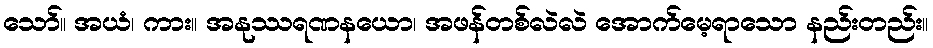
သော်။ အယံ၊ ကား။ အနုဿရဏနယော၊ အဖန်တစ်လဲလဲ အောက်မေ့ရာသော နည်းတည်း။